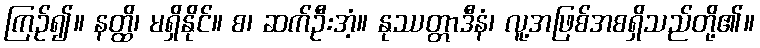
ကြဉ်၍။ နတ္ထိ၊ မရှိနိုင်။ စ၊ ဆက်ဦးအံ့။ နုဿတ္တာဒီနံ၊ လူ့အဖြစ်အစရှိသည်တို့၏။